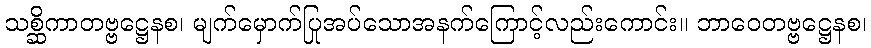
သစ္ဆိကာတဗ္ဗဋ္ဌေနစ၊ မျက်မှောက်ပြုအပ်သောအနက်ကြောင့်လည်းကောင်း။ ဘာဝေတဗ္ဗဋ္ဌေနစ၊